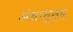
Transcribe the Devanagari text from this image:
अंधाधुन्द